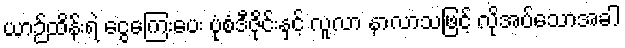
ယာဉ်ထိန်းရဲ ငွေကြေးပေး ပုံစံဒီဇိုင်းနှင့် လူလာ နာလာသဖြင့် လိုအပ်သောအခါ